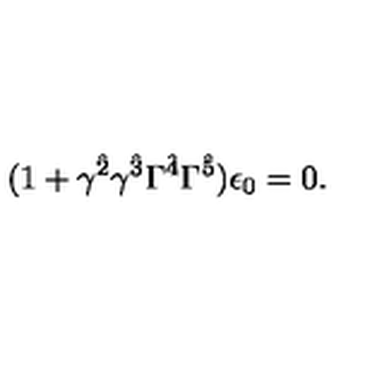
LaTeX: ( 1 + \gamma ^ { \hat { 2 } } \gamma ^ { \hat { 3 } } \Gamma ^ { \hat { 4 } } \Gamma ^ { \hat { 5 } } ) \epsilon _ { 0 } = 0 .